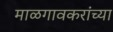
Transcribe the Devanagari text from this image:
माळगावकरांच्या